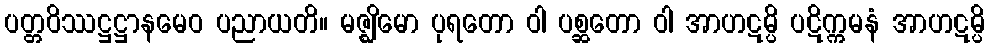
ပတ္တဝိဿဋ္ဌဋ္ဌာနမေဝ ပညာယတိ။ မဇ္ဈိမော ပုရတော ဝါ ပစ္ဆတော ဝါ အာဟဋမ္ပိ ပဋိက္ကမနံ အာဟဋမ္ပိ